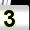
Digit: 3